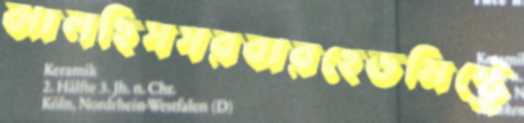
ঝালছিসসরবারহেডমিস্ট্রে